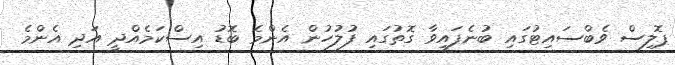
ޕޮލިސް ވެބްސައިޓުގައި ބުނެފައިވާ ގޮތުގައި ފުލުހުން އެންމެ ބޮޑު އިސްކަމެއްދީ އަދި އެންމެ